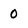
Character: 0